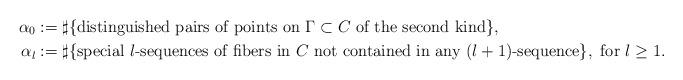
LaTeX: \begin{align*}\alpha_0&:=\sharp\{\mbox{distinguished pairs of points on $\Gamma\subset C$ of the second kind}\},\\\alpha_l&:=\sharp\{\textrm{special }l\textrm{-sequences of fibers in }C\textrm{ not contained in any }(l+1)\textrm{-sequence}\},\textrm{ for }l\geq 1.\end{align*}